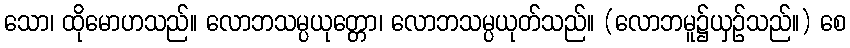
သော၊ ထိုမောဟသည်။ လောဘသမ္ပယုတ္တော၊ လောဘသမ္ပယုတ်သည်။ (လောဘမူ၌ယှဉ်သည်။) စေ